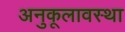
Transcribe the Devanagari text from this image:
अनुकूलावस्था